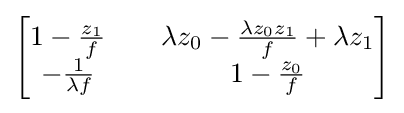
{\begin{bmatrix}1-{\frac {z_{1}}{f}}\quad &\lambda z_{0}-{\frac {\lambda z_{0}z_{1}}{f}}+\lambda z_{1}\\-{\frac {1}{\lambda f}}\quad &1-{\frac {z_{0}}{f}}\end{bmatrix}}